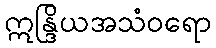
ဣန္ဒြိယအသံဝရော